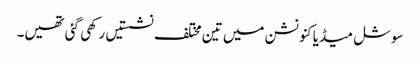
سوشل میڈیا کنونشن میں تین مختلف نشستیں رکھی گئی تھیں۔